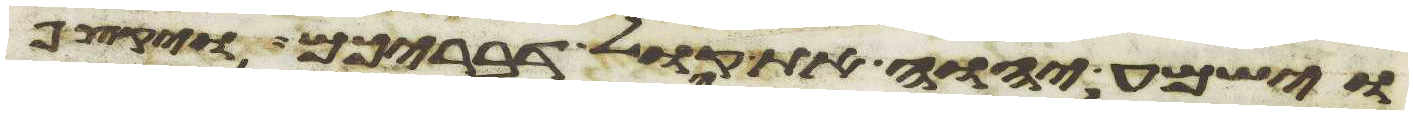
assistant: וישמע יהוה את קול דבריכם ויקצף